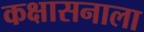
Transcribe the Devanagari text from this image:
कक्षासनाला